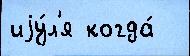
иjу́л'я когда́